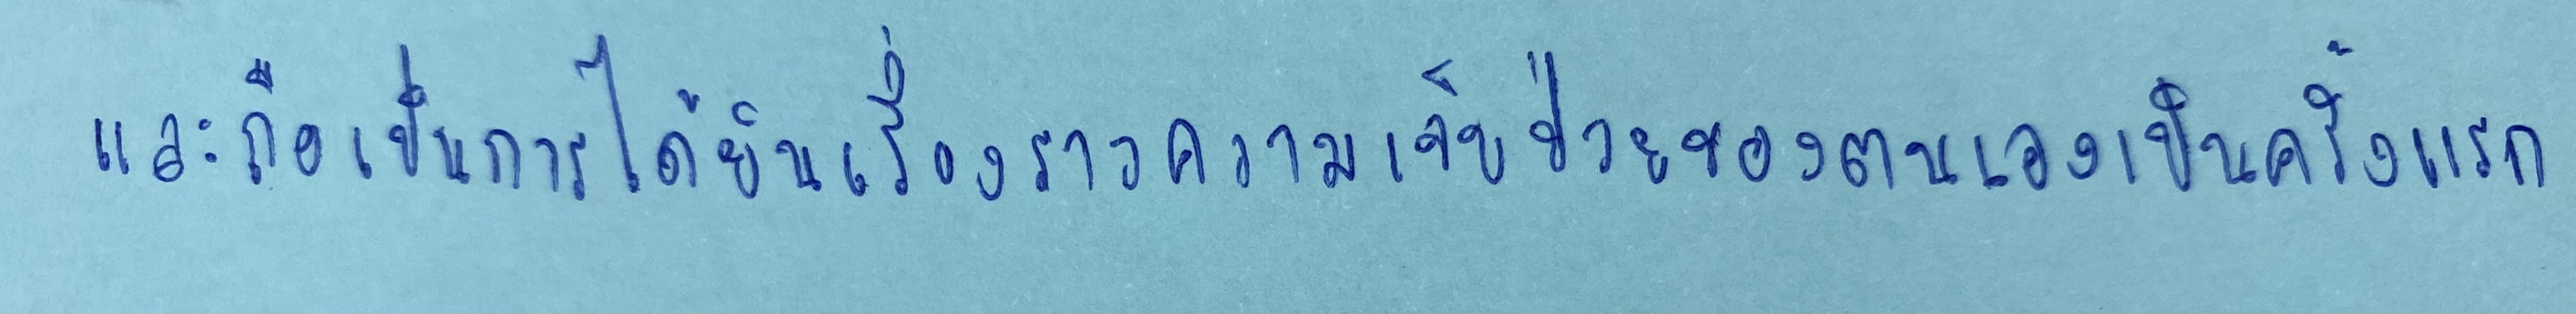
และถือเป็นการได้ยินเรื่องราวความเจ็บป่วยของตนเองเป็นครั้งแรก